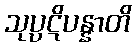
သုပ္ပဋိပန္နာတိ